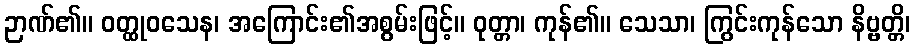
ဉာဏ်၏။ ဝတ္ထုဝသေန၊ အကြောင်း၏အစွမ်းဖြင့်။ ဝုတ္တာ၊ ကုန်၏။ သေသာ၊ ကြွင်းကုန်သော နိဗ္ဗတ္တိ၊